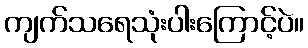
ကျက်သရေသုံးပါးကြောင့်ပဲ။